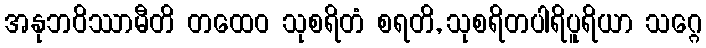
အနုဘဝိဿာမီတိ တထေဝ သုစရိတံ စရတိ, သုစရိတပါရိပူရိယာ သဂ္ဂေ